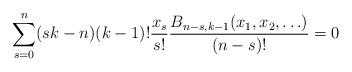
LaTeX: \begin{align*}\sum_{s=0}^n(sk-n)(k-1)!\frac{x_s}{s!}\frac{B_{n-s, k-1}(x_1, x_2, \ldots)}{(n-s)!}=0\end{align*}